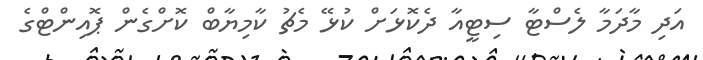
އަދި މާދަމާ ލެސްޓާ ސިޓީއާ ދެކޮޅަށް ކުޅޭ މެޗު ކާމިޔާބް ކޮށްގެން ޕޮއިންޓްގެ